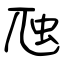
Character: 虺